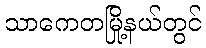
သာကေတမြို့နယ်တွင်